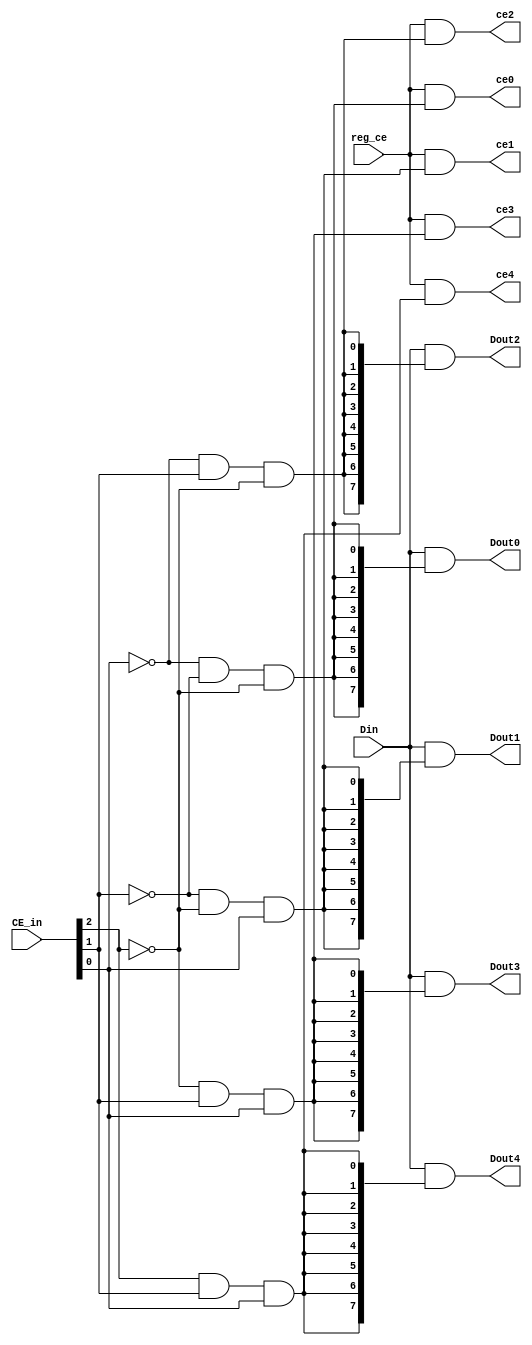
// Copyright (C) 2020  Intel Corporation. All rights reserved.
// Your use of Intel Corporation's design tools, logic functions 
// and other software and tools, and any partner logic 
// functions, and any output files from any of the foregoing 
// (including device programming or simulation files), and any 
// associated documentation or information are expressly subject 
// to the terms and conditions of the Intel Program License 
// Subscription Agreement, the Intel Quartus Prime License Agreement,
// the Intel FPGA IP License Agreement, or other applicable license
// agreement, including, without limitation, that your use is for
// the sole purpose of programming logic devices manufactured by
// Intel and sold by Intel or its authorized distributors.  Please
// refer to the applicable agreement for further details, at
// https://fpgasoftware.intel.com/eula.

// PROGRAM		"Quartus Prime"
// VERSION		"Version 20.1.1 Build 720 11/11/2020 SJ Lite Edition"
// CREATED		"Wed Dec 22 12:37:34 2021"

module demux_5(
	reg_ce,
	CE_in,
	Din,
	ce1,
	ce0,
	ce2,
	ce3,
	ce4,
	Dout0,
	Dout1,
	Dout2,
	Dout3,
	Dout4
);


input wire	reg_ce;
input wire	[2:0] CE_in;
input wire	[7:0] Din;
output wire	ce1;
output wire	ce0;
output wire	ce2;
output wire	ce3;
output wire	ce4;
output wire	[7:0] Dout0;
output wire	[7:0] Dout1;
output wire	[7:0] Dout2;
output wire	[7:0] Dout3;
output wire	[7:0] Dout4;

wire	[2:0] l_ce;
wire	SYNTHESIZED_WIRE_18;
wire	SYNTHESIZED_WIRE_19;
wire	SYNTHESIZED_WIRE_3;
wire	SYNTHESIZED_WIRE_4;
wire	SYNTHESIZED_WIRE_5;
wire	SYNTHESIZED_WIRE_7;
wire	SYNTHESIZED_WIRE_8;
wire	SYNTHESIZED_WIRE_9;
wire	SYNTHESIZED_WIRE_10;
wire	SYNTHESIZED_WIRE_11;
wire	SYNTHESIZED_WIRE_20;
wire	SYNTHESIZED_WIRE_21;
wire	SYNTHESIZED_WIRE_22;




assign	Dout0 = Din & {SYNTHESIZED_WIRE_18,SYNTHESIZED_WIRE_18,SYNTHESIZED_WIRE_18,SYNTHESIZED_WIRE_18,SYNTHESIZED_WIRE_18,SYNTHESIZED_WIRE_18,SYNTHESIZED_WIRE_18,SYNTHESIZED_WIRE_18};

assign	Dout4 = Din & {SYNTHESIZED_WIRE_19,SYNTHESIZED_WIRE_19,SYNTHESIZED_WIRE_19,SYNTHESIZED_WIRE_19,SYNTHESIZED_WIRE_19,SYNTHESIZED_WIRE_19,SYNTHESIZED_WIRE_19,SYNTHESIZED_WIRE_19};

assign	ce4 = reg_ce & SYNTHESIZED_WIRE_19;

assign	SYNTHESIZED_WIRE_19 = l_ce[2] & l_ce[1] & l_ce[0];

assign	SYNTHESIZED_WIRE_22 = SYNTHESIZED_WIRE_3 & l_ce[1] & l_ce[0];

assign	SYNTHESIZED_WIRE_3 =  ~l_ce[2];

assign	SYNTHESIZED_WIRE_21 = SYNTHESIZED_WIRE_4 & l_ce[1] & SYNTHESIZED_WIRE_5;

assign	ce0 = reg_ce & SYNTHESIZED_WIRE_18;

assign	SYNTHESIZED_WIRE_4 =  ~l_ce[0];

assign	SYNTHESIZED_WIRE_5 =  ~l_ce[2];

assign	SYNTHESIZED_WIRE_20 = SYNTHESIZED_WIRE_7 & SYNTHESIZED_WIRE_8 & l_ce[0];

assign	SYNTHESIZED_WIRE_7 =  ~l_ce[1];

assign	SYNTHESIZED_WIRE_8 =  ~l_ce[2];

assign	SYNTHESIZED_WIRE_18 = SYNTHESIZED_WIRE_9 & SYNTHESIZED_WIRE_10 & SYNTHESIZED_WIRE_11;

assign	SYNTHESIZED_WIRE_9 =  ~l_ce[0];

assign	SYNTHESIZED_WIRE_10 =  ~l_ce[1];

assign	SYNTHESIZED_WIRE_11 =  ~l_ce[2];

assign	Dout1 = Din & {SYNTHESIZED_WIRE_20,SYNTHESIZED_WIRE_20,SYNTHESIZED_WIRE_20,SYNTHESIZED_WIRE_20,SYNTHESIZED_WIRE_20,SYNTHESIZED_WIRE_20,SYNTHESIZED_WIRE_20,SYNTHESIZED_WIRE_20};

assign	ce1 = reg_ce & SYNTHESIZED_WIRE_20;

assign	Dout2 = Din & {SYNTHESIZED_WIRE_21,SYNTHESIZED_WIRE_21,SYNTHESIZED_WIRE_21,SYNTHESIZED_WIRE_21,SYNTHESIZED_WIRE_21,SYNTHESIZED_WIRE_21,SYNTHESIZED_WIRE_21,SYNTHESIZED_WIRE_21};

assign	ce2 = reg_ce & SYNTHESIZED_WIRE_21;

assign	Dout3 = Din & {SYNTHESIZED_WIRE_22,SYNTHESIZED_WIRE_22,SYNTHESIZED_WIRE_22,SYNTHESIZED_WIRE_22,SYNTHESIZED_WIRE_22,SYNTHESIZED_WIRE_22,SYNTHESIZED_WIRE_22,SYNTHESIZED_WIRE_22};

assign	ce3 = reg_ce & SYNTHESIZED_WIRE_22;

assign	l_ce = CE_in;

endmodule